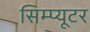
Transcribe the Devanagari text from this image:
सिम्प्यूटर